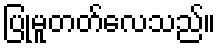
ပြုမူတတ်လေသည်။